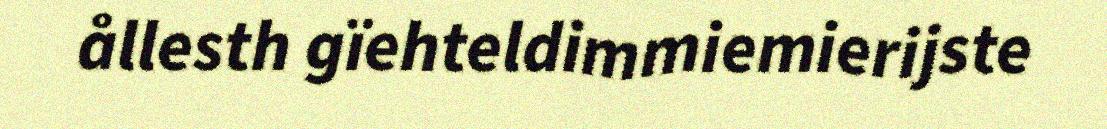
ållesth gïehteldimmiemierijste